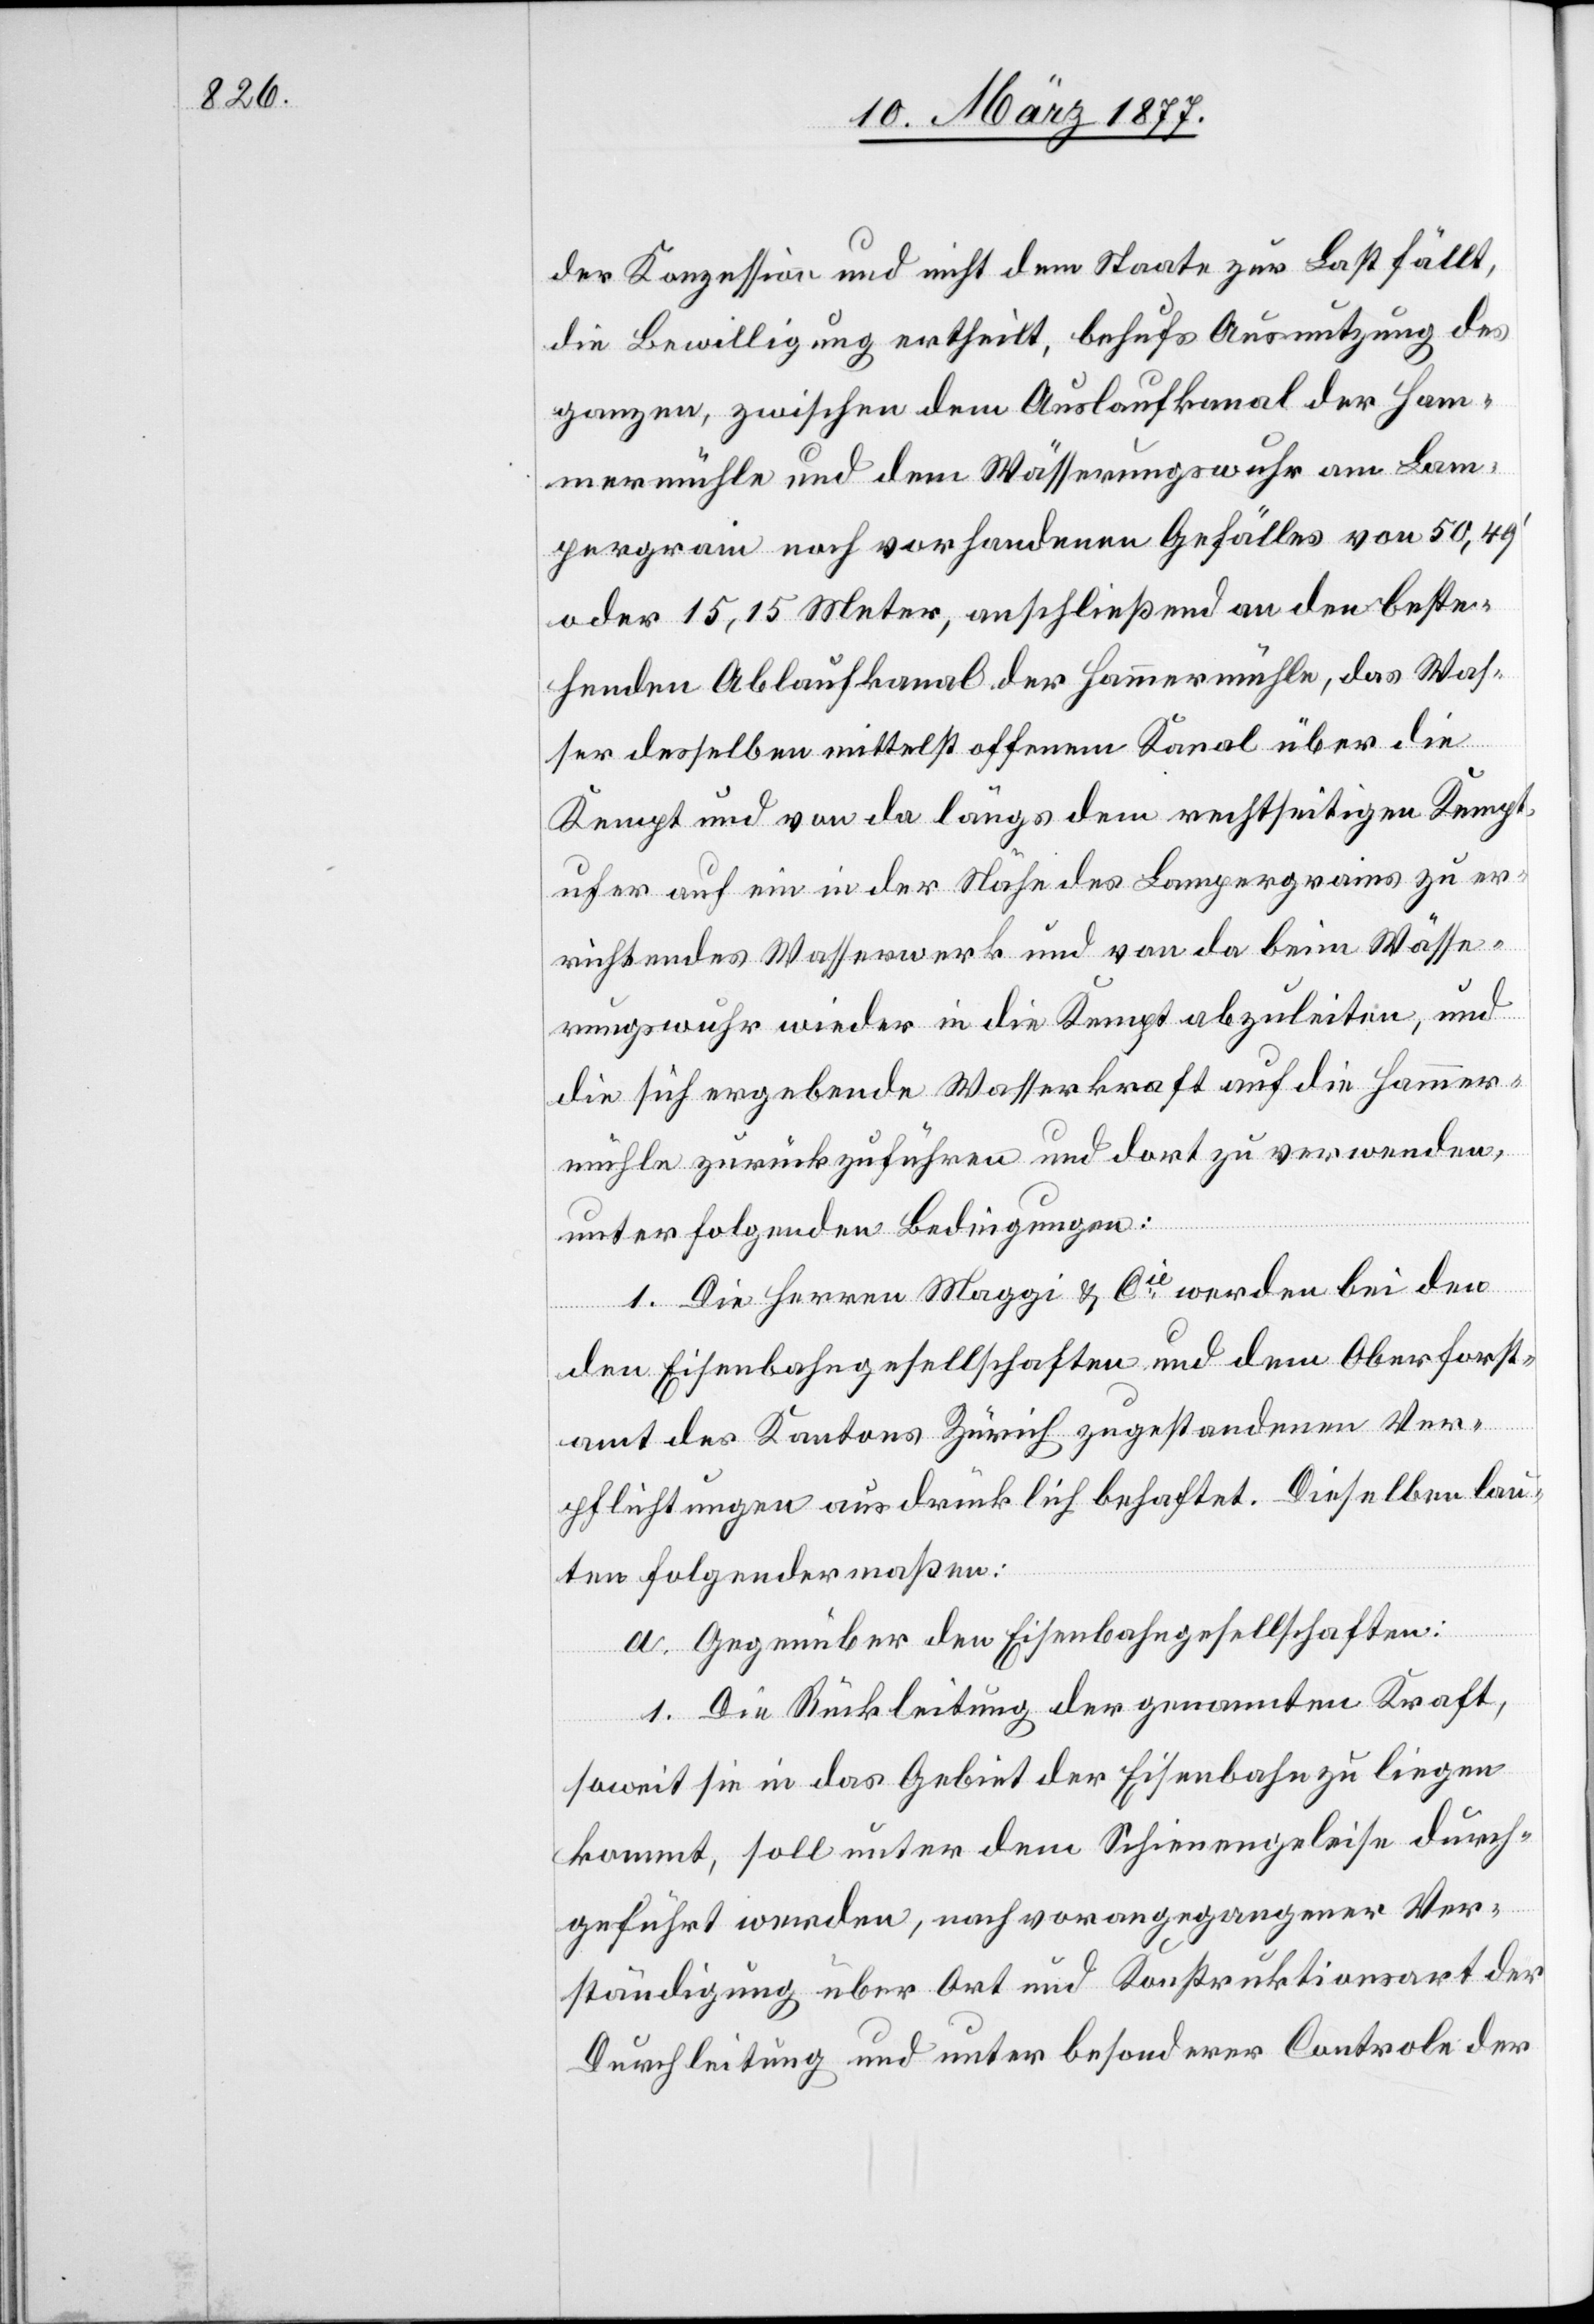
der Konzession und nicht dem Staate zur Last fällt,
die Bewilligung ertheilt, behufs Ausnutzung des
ganzen, zwischen dem Auslaufkanal der Ham¬
mermühle und dem Wässerungswuhr am Lam¬
pergrain noch vorhandenen Gefälles von 50,49’
oder 15,15 Meter, anschließend an den beste¬
henden Ablaufkanal der Hammermühle, das Was¬
ser desselben mittelst offenem Kanal über die
Kempt und von da längs dem rechtseitigen Kempt¬
ufer auf ein in der Nähe des Lampergrains zu er¬
richtendes Wasserwerk und von da beim Wässe¬
rungswuhr wieder in die Kempt abzuleiten, und
die sich ergebende Wasserkraft auf die Hammer¬
mühle zurückzuführen und dort zu verwenden,
unter folgenden Bedingungen:
1. Die Herren Maggi & Cie werden bei den
den Eisenbahngesellschaften und dem Oberforst¬
amt des Kantons Zürich zugestandenen Ver¬
pflichtungen ausdrücklich behaftet. Dieselben lau¬
ten folgendermaßen:
a. Gegenüber den Eisenbahngesellschaften:
1. Die Rückleitung der genannten Kraft,
soweit sie in das Gebiet der Eisenbahn zu liegen
kommt, soll unter dem Schienengeleise durch¬
geführt werden, nach vorangegangener Ver¬
ständigung über Ort und Konstruktionsart der
Durchleitung und unter besonderer Controle der